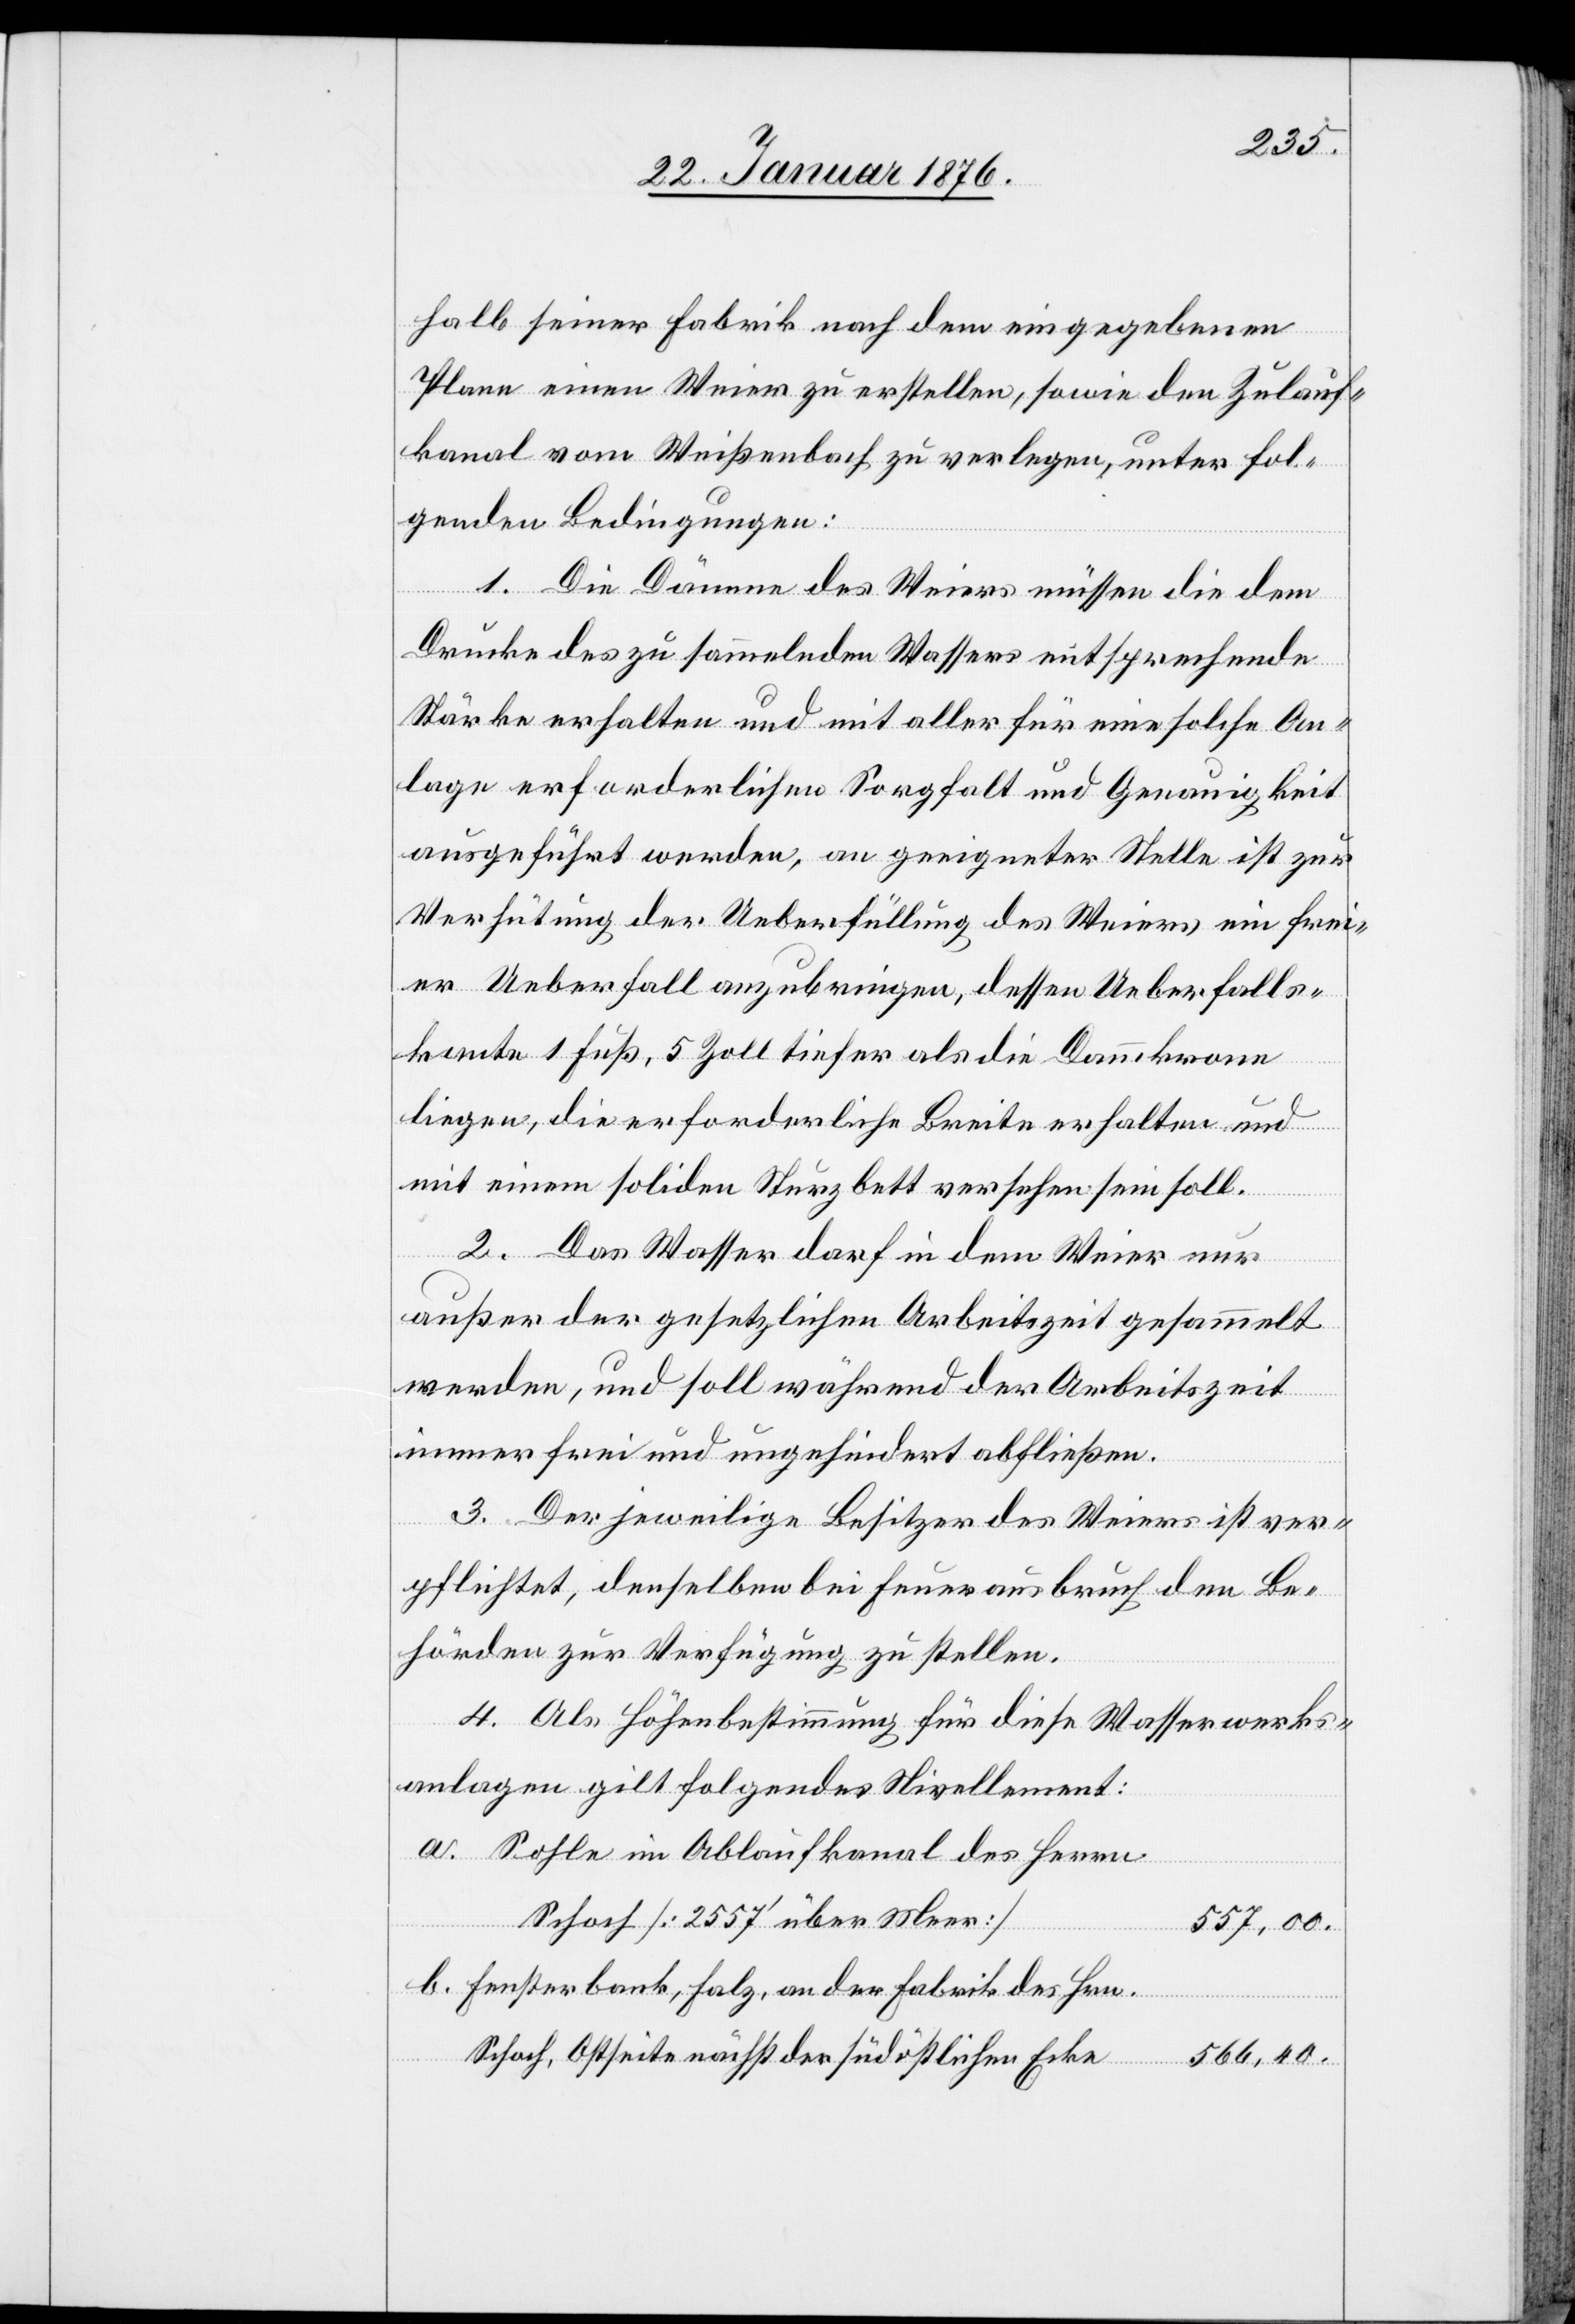
halb seiner Fabrik nach dem eingegebenen
Plane einen Weier zu erstellen, sowie den Zulauf¬
kanal vom Weißenbach zu verlegen, unter fol¬
genden Bedingungen:
1. Die Dämme des Weiers müssen die dem
Drucke des zu sammelnden Wassers entsprechende
Stärke erhalten und mit aller für eine solche An¬
lage erforderlichen Sorgfalt und Genauigkeit
ausgeführt werden, an geeigneter Stelle ist zur
Verhütung der Ueberfüllung des Weiers ein frei¬
er Ueberfall anzubringen, dessen Ueberfalls¬
kante 1 Fuß, 5 Zoll tiefer als die Dammkrone
liegen, die erforderliche Breite erhalten und
mit einem soliden Sturzbett versehen sein soll.
2. Das Wasser darf in dem Weier nur
außer der gesetzlichen Arbeitszeit gesammelt
werden, und soll während der Arbeitszeit
immer frei und ungehindert abfließen.
3. Der jeweilige Besitzer des Weiers ist ver¬
pflichtet, denselben bei Feuerausbruch den Be¬
hörden zur Verfügung zu stellen.
4. Als Höhenbestimmung für diese Wasserwerks¬
anlagen gilt folgendes Nivellement:
Sohle im Ablaufkanal des Herrn
Schoch [2557‘ über Meer]
a.
557,00.
Fensterbank, Falz, an der Fabrik des Hrn.
Schoch, Ostseite nächst der südlichen Ecke
566,40.